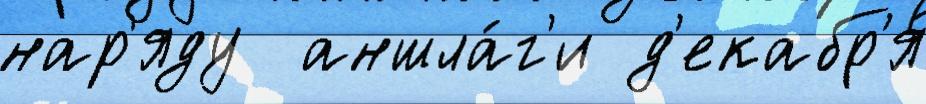
нар'яду  аншла́г'и д'екабр'я́